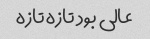
عالی بود تازه تازه